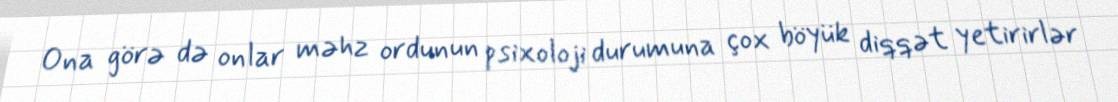
Ona görə də onlar məhz ordunun psixoloji durumuna çox böyük diqqət yetirirlər